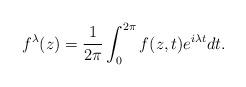
LaTeX: \begin{align*}f^\lambda(z)=\frac{1}{2\pi}\int^{2\pi}_0f(z,t)e^{i\lambda t}dt.\end{align*}